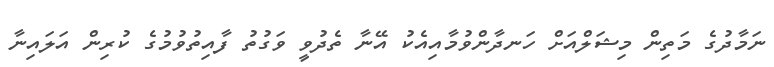
ނަމާދުގެ މަތިން މިޝަލްއަށް ހަނދާންވުމާއިއެކު އޭނާ ތެދުވީ ވަގުތު ފާއިތުވުމުގެ ކުރިން އަލައިނާ